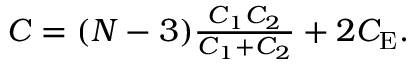
\begin{array} { r } { C = ( N - 3 ) \frac { C _ { 1 } C _ { 2 } } { C _ { 1 } + C _ { 2 } } + 2 C _ { \mathrm { E } } . } \end{array}